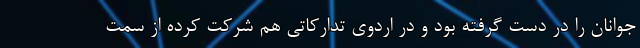
جوانان را در دست گرفته بود و در اردوی تدارکاتی هم شرکت کرده از سمت